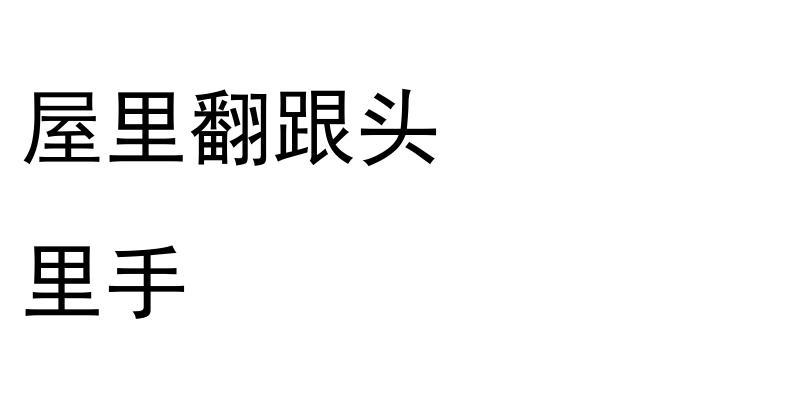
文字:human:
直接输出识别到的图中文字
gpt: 屋里翻跟头 里手